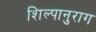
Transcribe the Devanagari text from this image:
शिल्पानुराग